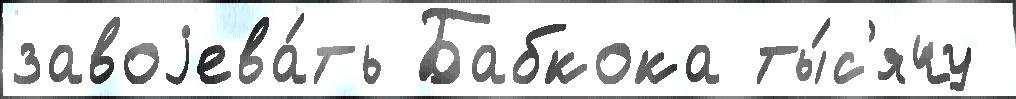
завоjева́ть Бабкока ты́с'ячу